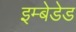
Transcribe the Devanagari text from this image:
इम्बेडेड